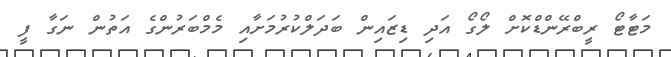
މަޓާޓޯ ރީބްރޭންޑްކޮށް ލޯގޯ އަދި ޑިޒައިން ބަދަލްކުރުމަށާއި މެމްބަރުންގެ އަތުން ނަގާ ފީ